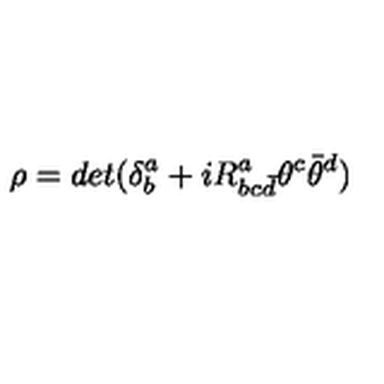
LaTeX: \rho = d e t ( \delta _ { b } ^ { a } + i R _ { b c { \bar { d } } } ^ { a } \theta ^ { c } \bar { \theta } ^ { d } )